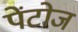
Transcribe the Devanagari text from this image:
पेंटोज